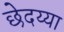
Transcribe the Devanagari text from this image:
छेदय्या